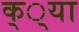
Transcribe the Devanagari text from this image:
क््या